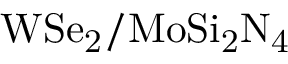
\mathrm { W S e _ { 2 } / M o S i _ { 2 } N _ { 4 } }